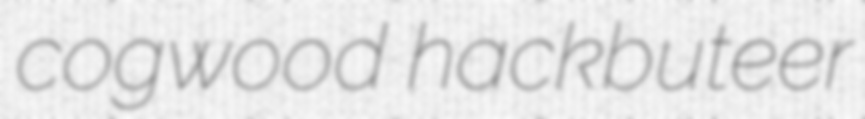
cogwood hackbuteer